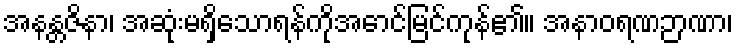
အနန္တဇိနာ၊ အဆုံးမရှိသောရန်ကိုအောင်မြင်ကုန်၏။ အနာဝရဏဉာဏာ၊